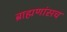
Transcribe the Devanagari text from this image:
ब्राह्मणांसच